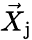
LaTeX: \vec{X}_{\mathrm{j}}